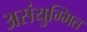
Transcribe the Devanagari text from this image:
असंयुग्मित